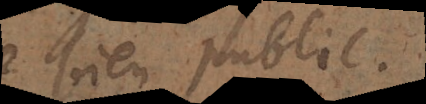
bien public.